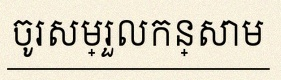
ចូរសម្រួលកន្សោម